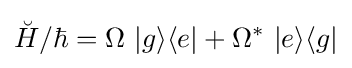
{\breve {H}}/\hbar =\Omega \ |g\rangle \langle e|+\Omega ^{*}\ |e\rangle \langle g|